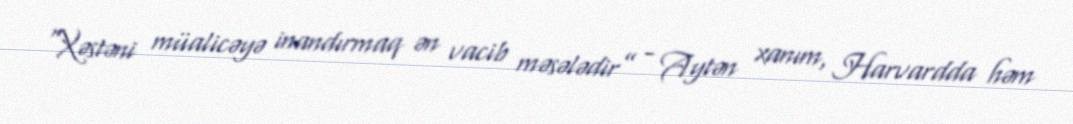
“Xəstəni müalicəyə inandırmaq ən vacib məsələdir” - Aytən xanım, Harvardda həm